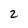
Character: 2